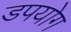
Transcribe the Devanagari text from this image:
डपयोग